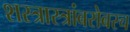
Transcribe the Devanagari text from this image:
शस्त्रास्त्रांबरोबरच